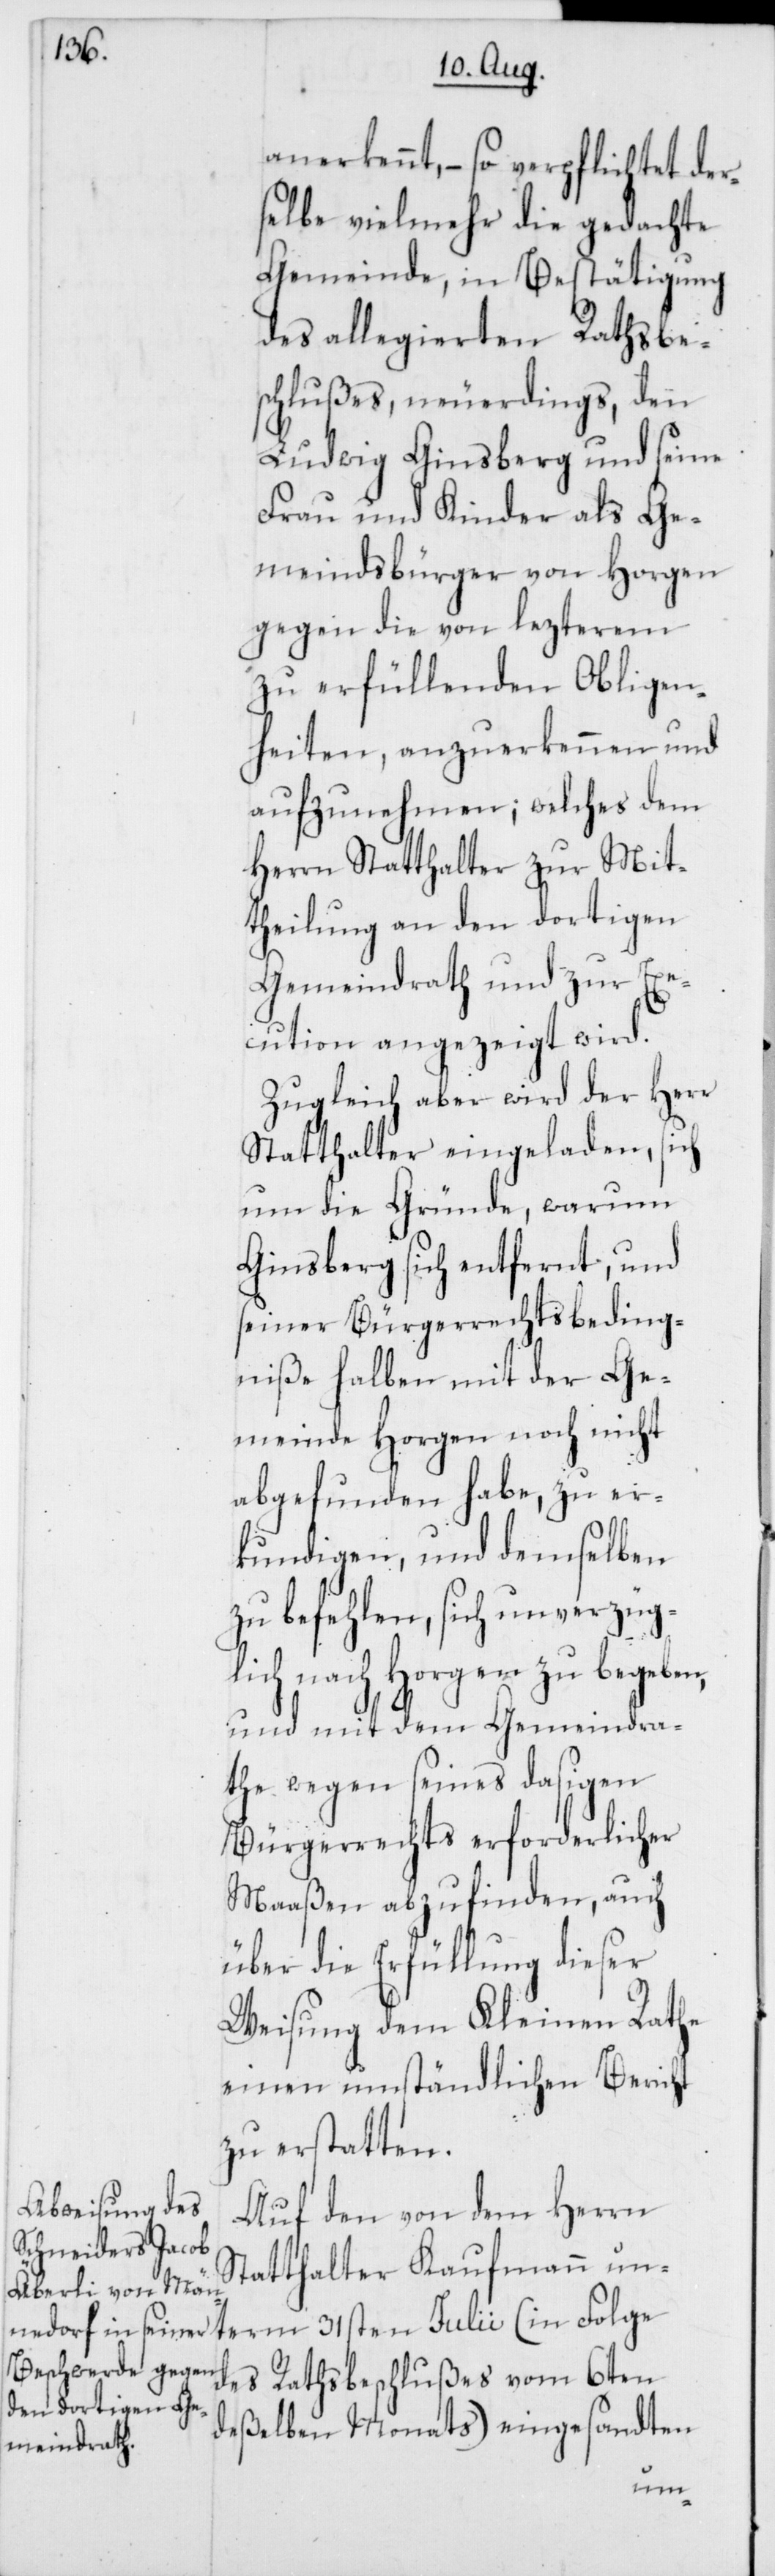
anerkennt, – so verpflichtet der¬
selbe vielmehr die gedachte
Gemeinde, in Bestätigung
des allegierten Rathsbe¬
schlußes, neuerdings, den
Ludwig Ginsberg und seine
Frau und Kinder als Ge¬
meindsbürger von Horgen
gegen die von lezterem
zu erfüllenden Obligen¬
heiten, anzuerkennen und
aufzunehmen; welches dem
Herrn Statthalter zur Mit¬
theilung an den dortigen
Gemeindrath und zur Exe¬
cution angezeigt wird.
Zugleich aber wird der Herr
Statthalter eingeladen, sich
um die Gründe, warum
Ginsberg sich entfernt, und
seiner Bürgerrechtsbeding¬
niße halber mit der Ge¬
meinde Horgen noch nicht
abgefunden habe, zu er¬
kundigen, und demselben
zu befehlen, sich unverzüg¬
lich nach Horgen zu begeben,
und mit dem Gemeindra¬
the wegen seines dasigen
Bürgerrechts erforderlicher
Maaßen abzufinden, auch
über die Erfüllung dieser
Weisung dem Kleinen Rathe
einen umständlichen Bericht
zu erstatten.
Auf den von dem Herrn
Statthalter Kaufmann un¬
des Rathsbeschlußes vom 6ten
deßelben Monats) eingesandten
term